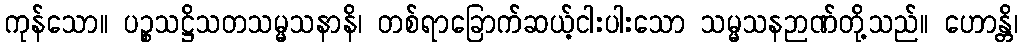
ကုန်သော။ ပဉ္စသဋ္ဌိသတသမ္မသနာနိ၊ တစ်ရာခြောက်ဆယ့်ငါးပါးသော သမ္မသနဉာဏ်တို့သည်။ ဟောန္တိ၊